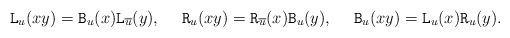
\begin{align*} \mathtt{L}_u(xy) &= \mathtt{B}_u(x)\mathtt{L}_{\overline{u}}(y), & \mathtt{R}_u(xy) &= \mathtt{R}_{\overline{u}}(x)\mathtt{B}_{u}(y), & \mathtt{B}_u(xy) &= \mathtt{L}_u(x)\mathtt{R}_u(y). \end{align*}